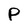
Character: p